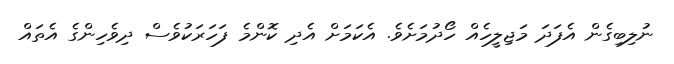
ނުލިބިގެން އެފަދަ މަޖިލީހެއް ހޯދުމަށެވެ. އެކަމަށް އެދި ކޮންމެ ފަހަރަކުވެސް ދިވެހިންގެ އެތައް